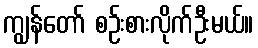
ကျွန်တော် စဉ်းစားလိုက်ဦးမယ်။